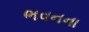
ભવનના